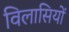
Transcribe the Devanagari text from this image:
विलासियों